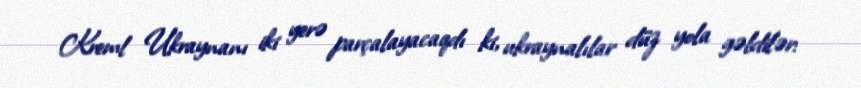
Kreml Ukraynanı iki yerə parçalayacaqdı ki, ukraynalılar düz yola gəldilər: